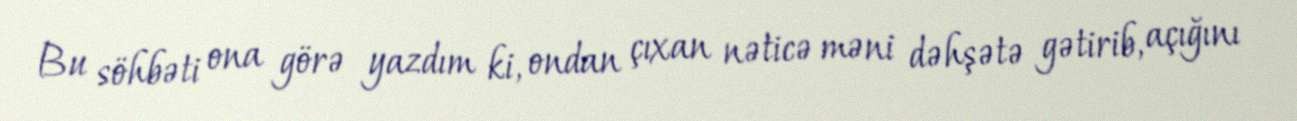
Bu söhbəti ona görə yazdım ki, ondan çıxan nəticə məni dəhşətə gətirib, açığını